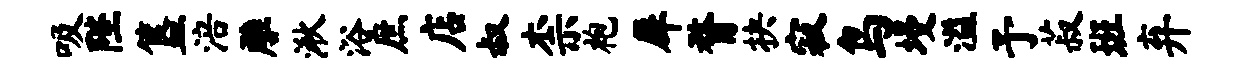
吸陛簋涪雕湫浴庶店叔柰袍犀瞀抉寂鸟墁溢予菽班弃